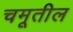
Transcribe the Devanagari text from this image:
चमूतील